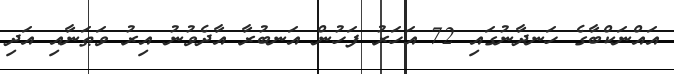
އައްނަކްބާގެ ހަނދާނުގައި 72 އަހަރު ފަހުން އަނބުރާ އާދެވުނު އިރު ވަޠަނާއި އަދި